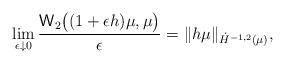
LaTeX: \begin{align*}\lim_{\epsilon \downarrow 0} \frac{\mathsf{W}_2\big((1+\epsilon h)\mu,\mu\big)}{\epsilon} = \| h\mu \|_{\dot{H}^{-1,2}(\mu)},\end{align*}